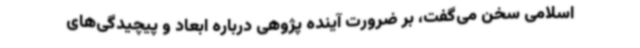
اسلامی سخن می‌گفت، بر ضرورت آینده پژوهی درباره ابعاد و پیچیدگی‌های